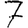
Digit: 7